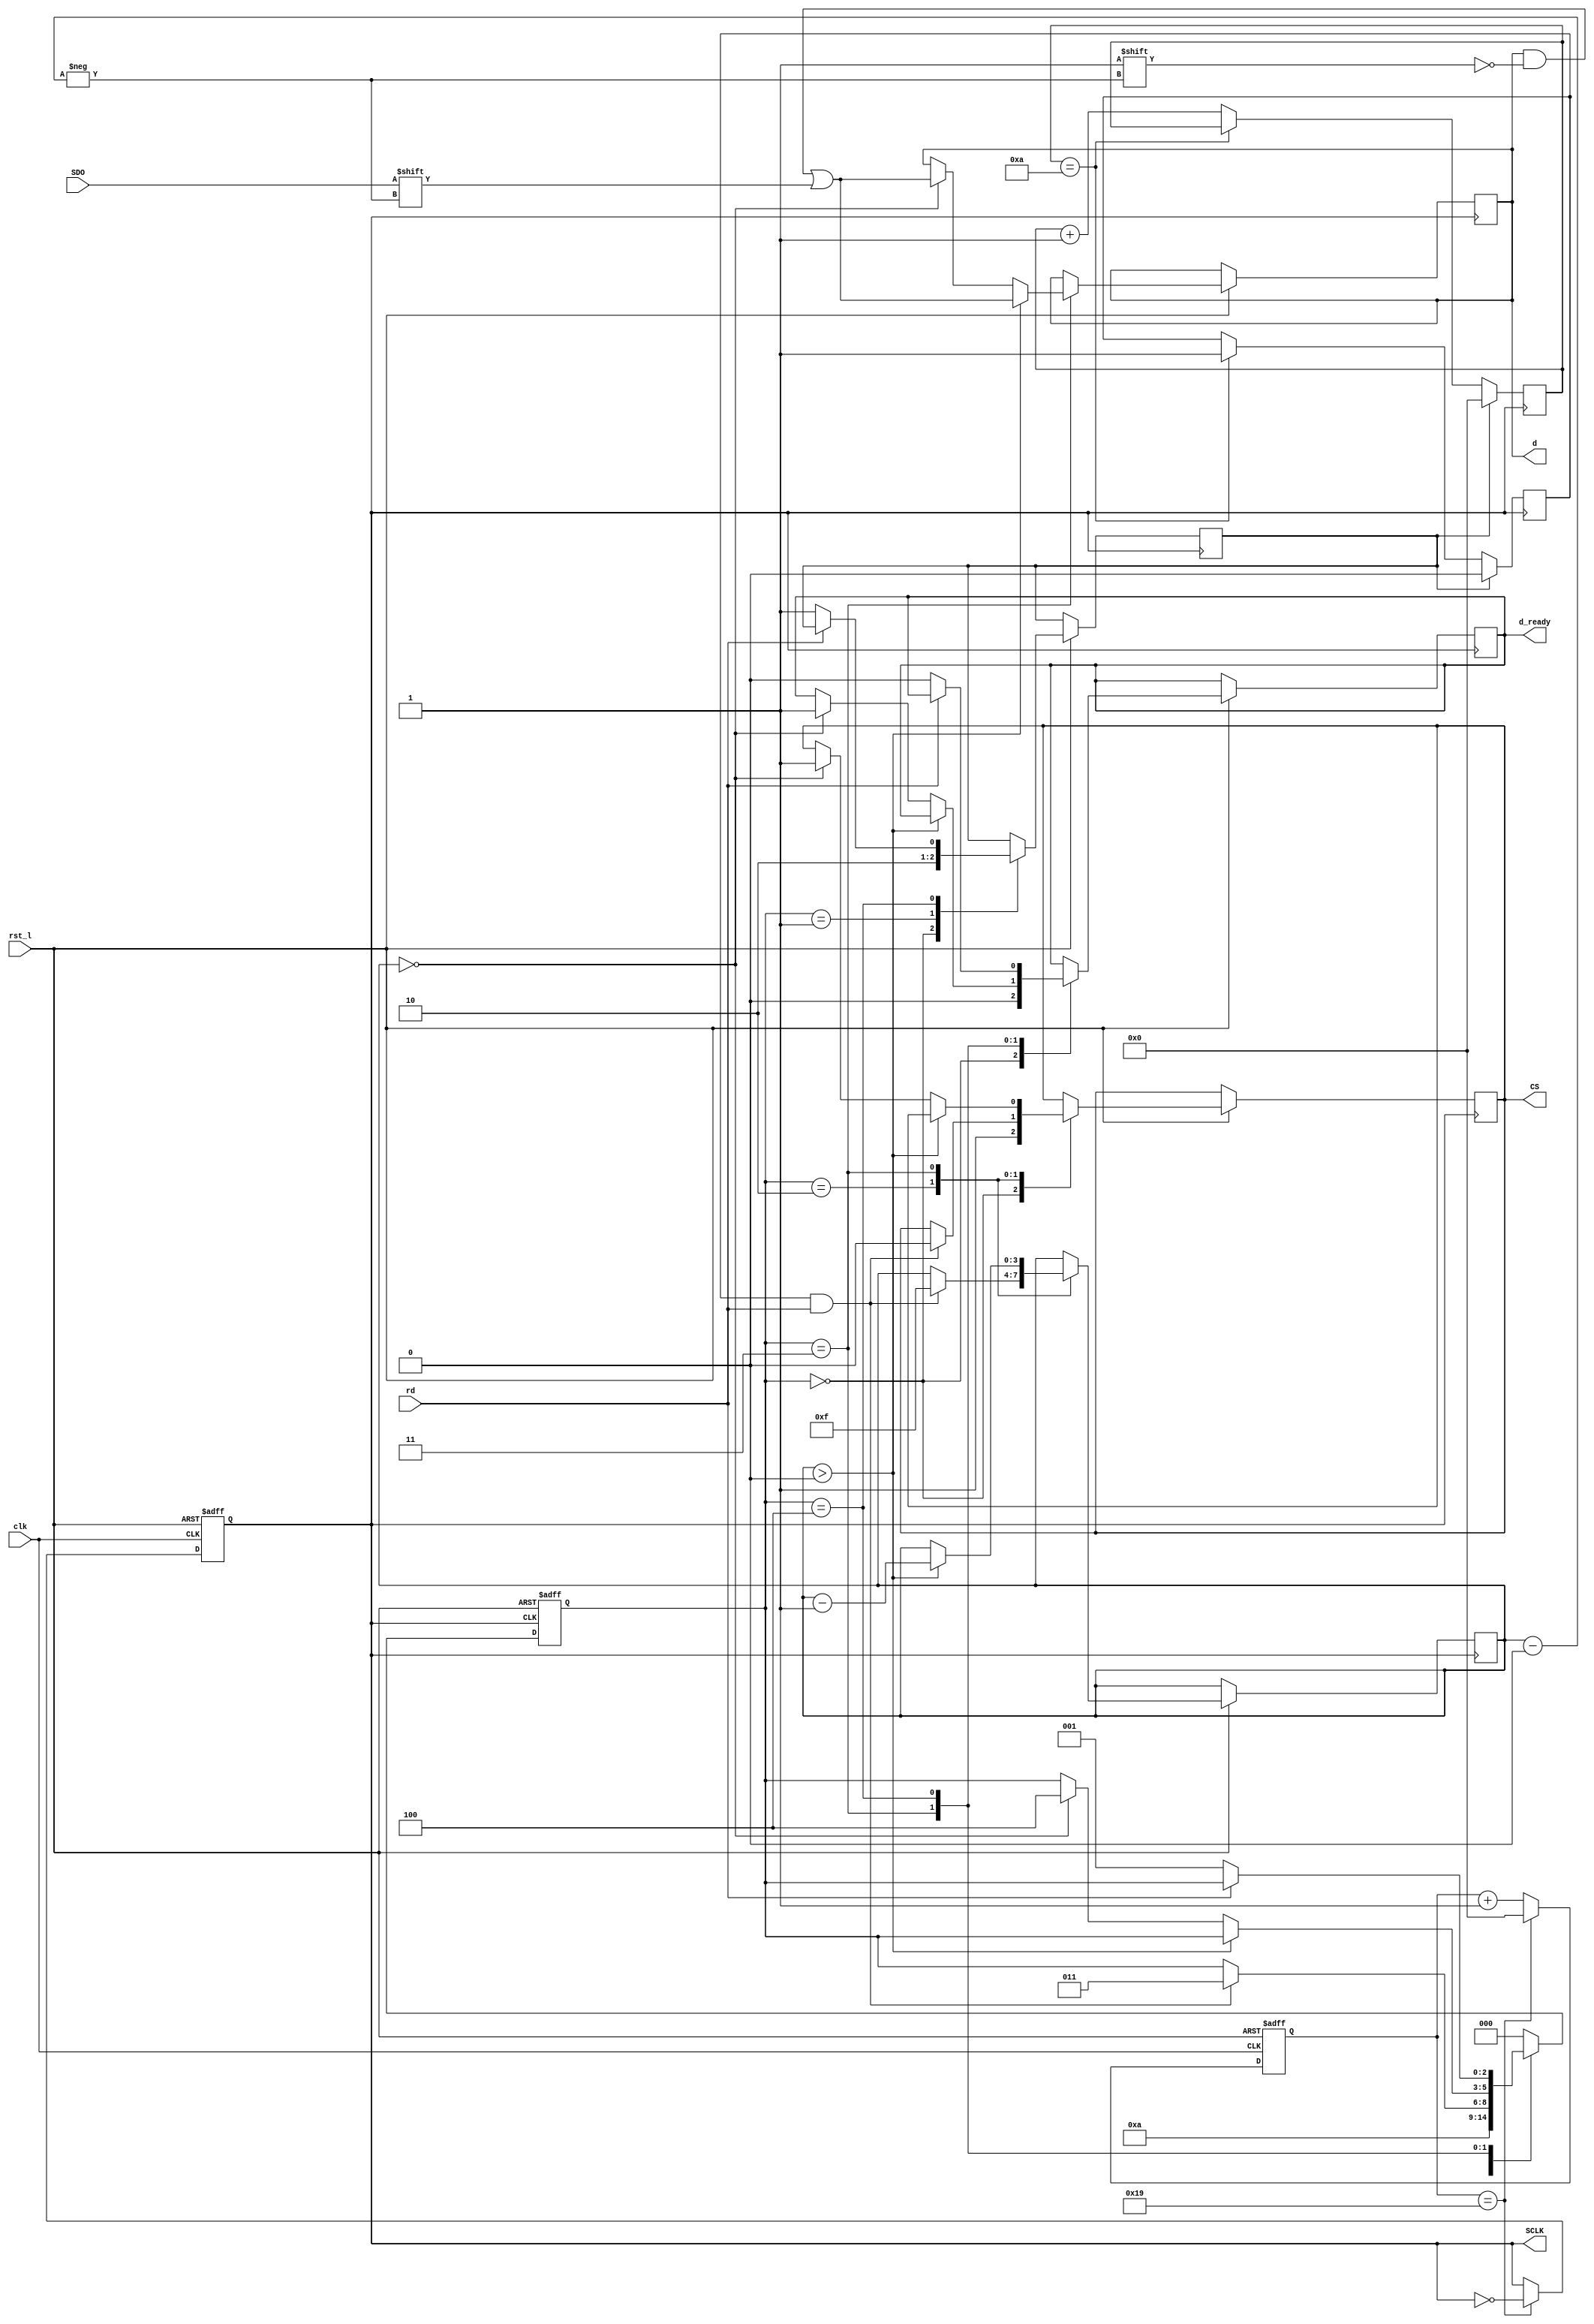
`timescale 1ns/1ps

module simpleSPI 
(
	input clk,
	input rst_l,

	input SDO,
	output reg  CS,
	output reg  SCLK,

	input rd,
	output reg d_ready,
	output reg [15:0] d
);

reg t;
reg t_rst;
reg [31:0] t_count;
reg [31:0] sclk_count;

reg [2:0] state;
reg [3:0] bit_index;


initial begin
	state = 0;
	t     = 0;
	t_rst = 0;
	bit_index = 0;
	t_count   = 0;
	sclk_count = 0;

	SCLK       = 0;
	CS         = 1;
	d          = 0;
	d_ready    = 0;
end



always @(posedge clk, negedge rst_l) begin
	if (!rst_l) begin
		SCLK <= 0;
		sclk_count <= 0;
	end
	else if(sclk_count == 25) begin
		sclk_count <=0;
		SCLK = ~SCLK;
	end
	else begin
		sclk_count = sclk_count +1;
	end
end

always @(posedge SCLK) begin
	if(t_rst) begin
		t <= 0;
		t_count <= 0;
	end
	else if(t_count==10) begin
		t<=1;
	end
	else begin
		t_count = t_count + 1;
	end
end


always @(posedge SCLK, negedge rst_l) begin
	if(!rst_l) begin
		state <= 0;
	end
	else begin
		case(state)
			0: begin
				state<=1;
				d_ready <= 0;
				CS <= 1;
				t_rst <= 1;
			end
			1: begin
				state<= 2;
				t_rst <=0;
			end
			2: begin
				if(t&rd)begin
					state<=3;
					CS<=0;
					bit_index<=15;
				end
			end
			3: begin
				if(bit_index > 0) begin
					d[bit_index] <=  SDO;
					bit_index <= bit_index - 1;
				end
				else if(bit_index == 0) begin
					state <= 4;
					d[bit_index] <= SDO;
					d_ready <= 1;
					CS <= 1;
				end
			end
			4: begin
				if(rd==1)begin
					;
				end
				else if(rd==0)begin
					state <= 1;
					d_ready <= 0;
					t_rst <= 1;
				end
			end
			default: begin
				state <=0;
			end
		endcase
	end
end


	












endmodule